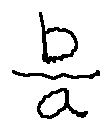
\frac { b } { a }